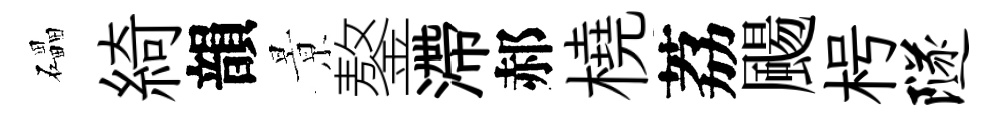
礧綺韻㬌鏊滯郝橈荔颺枵隧